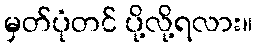
မှတ်ပုံတင် ပို့လို့ရလား။